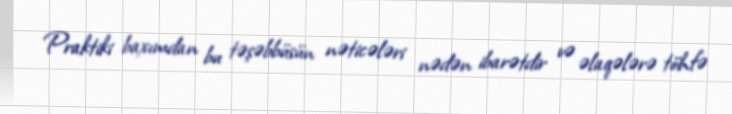
Praktiki baxımdan bu təşəbbüsün nəticələri nədən ibarətdir və əlaqələrə töhfə